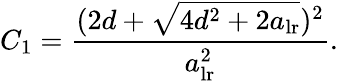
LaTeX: C_{1}=\frac{(2d+\sqrt{4d^{2}+2a_{\mathrm{lr}}})^{2}}{a_{\mathrm{lr}}^{2}}.